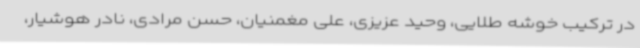
در ترکیب خوشه طلایی، وحید عزیزی، علی مغمنیان، حسن مرادی، نادر هوشیار،